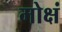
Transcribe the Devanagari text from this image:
मोक्षं